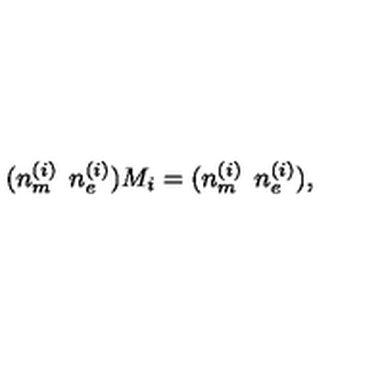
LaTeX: ( n _ { m } ^ { ( i ) } \: \: n _ { e } ^ { ( i ) } ) M _ { i } = ( n _ { m } ^ { ( i ) } \: \: n _ { e } ^ { ( i ) } ) ,